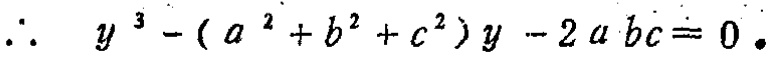
\(\therefore\ y^{3}-(a^{2}+b^{2}+c^{2})y - 2abc = 0.\)